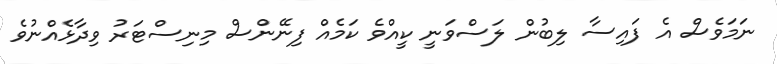
ނަމަވެސް އެ ފައިސާ ލިބުން ލަސްވަނީ ކީއްވެ ކަމެއް ފިނޭންސް މިނިސްޓަރު ވިދާޅެއްނުވެ